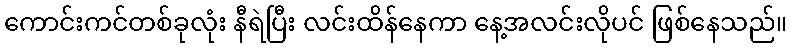
ကောင်းကင်တစ်ခုလုံး နီရဲပြီး လင်းထိန်နေကာ နေ့အလင်းလိုပင် ဖြစ်နေသည်။